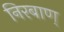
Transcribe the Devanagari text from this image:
निरबाण्